NAE_ERA_R-1665_Eesti_Kunstnike_Liit, lk 84
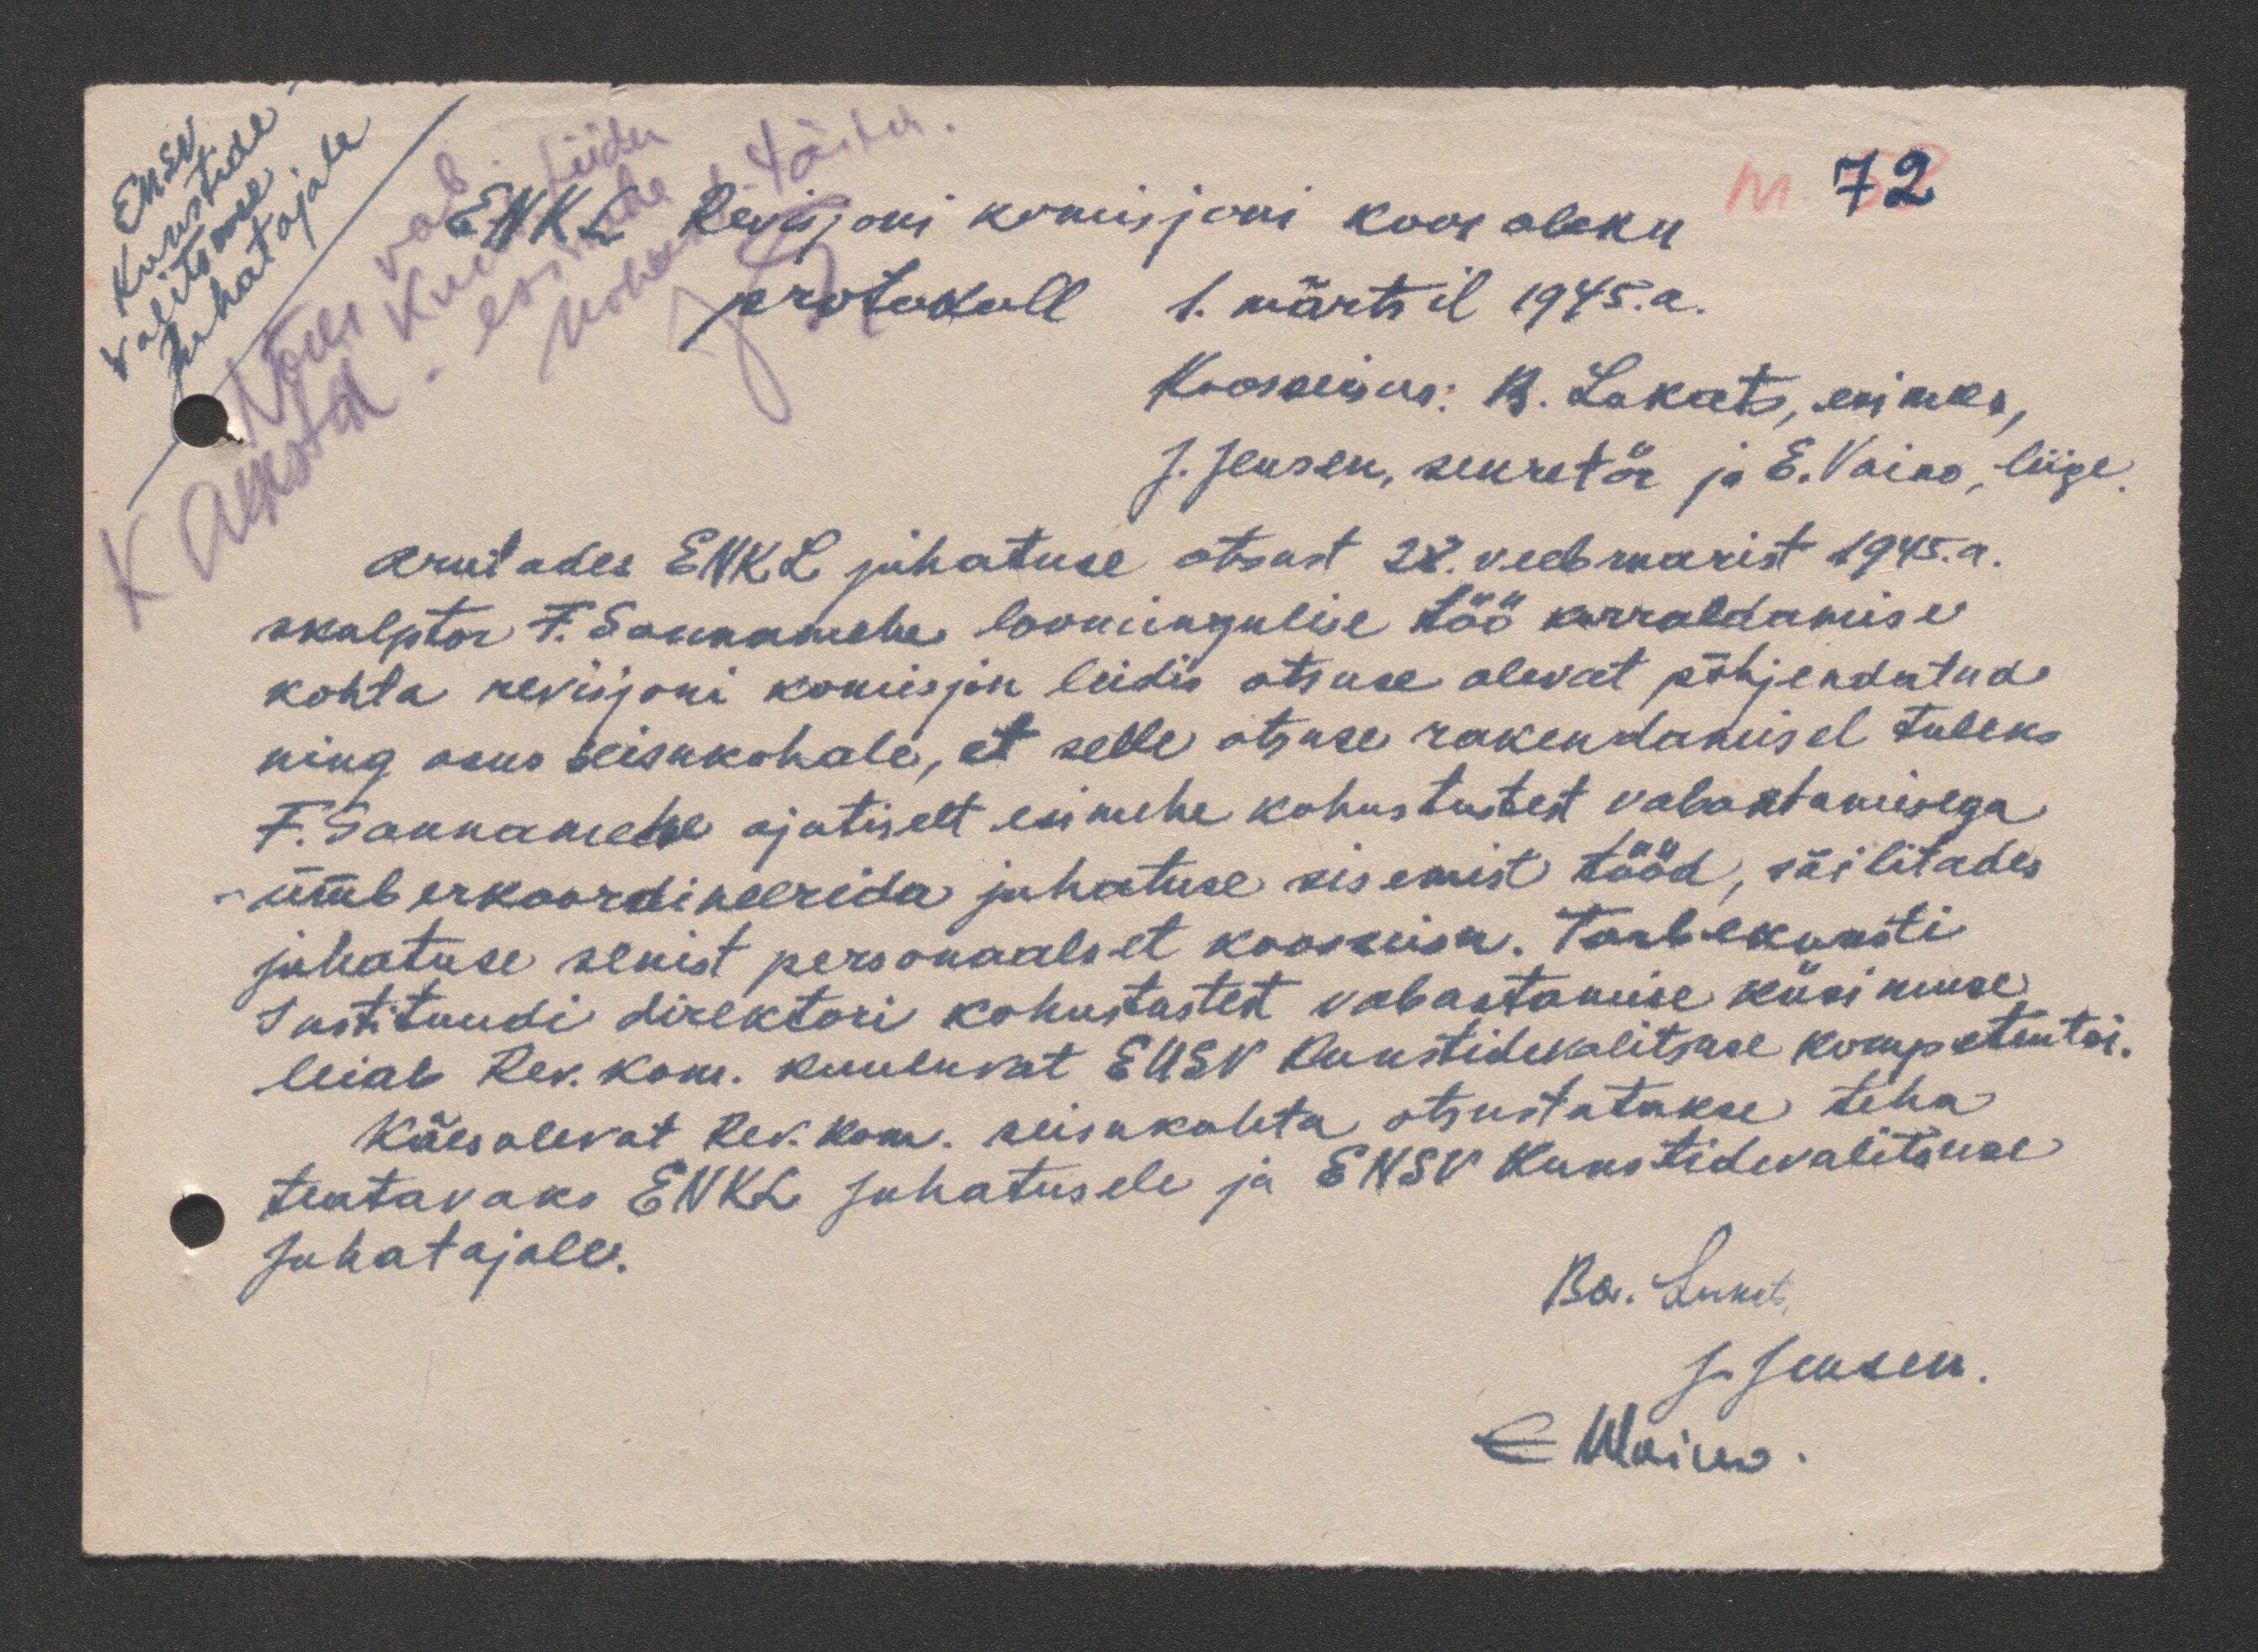
ENSV
Kunstide-
valitsuse
Juhatajale
72
ENKL Revisjoni komisjoni koosoleku
protokoll 1. märtsil 1945.a.
Koosseisus: B. Lukats, esimees,
J. Jensen, sekretär ja E. Vaino, liige.
Arutades ENKL juhatuse otsust 28. veebruarist 1945. a.
skulptor F. Sannamehe loomingulise töö korraldamise
kohta revisjoni komisjon leidis otsuse olevat põhjendatud
ning asus seisukohale, et selle otsuse rakendamisel tuleks
F. Sannamehe ajutiselt esimehe kohustustest vabastamisega
ümberkoordineerida juhatuse sisemist tööd, säilitades
juhatuse senist personaalset koosseisu. Tarbekunsti
Instituudi direktori kohustustest vabastamise küsimuse
leiab Rev. Kom. kuuluvat ENSV Kunstidevalitsuse kompetentsi.
Käesolevat Rev. Kom. seisukohta otsustatakse teha
teatavaks ENKL Juhatusele ja ENSV Kunstidevalitsuse
Juhatajale.
Bo. Lukats
J. Jensen.
E. Waino.